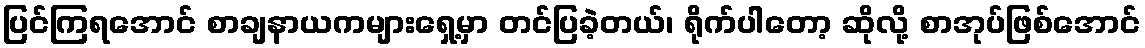
ပြင်ကြရအောင် စာချနာယကများရှေ့မှာ တင်ပြခဲ့တယ်၊ ရိုက်ပါတော့ ဆိုလို့ စာအုပ်ဖြစ်အောင်